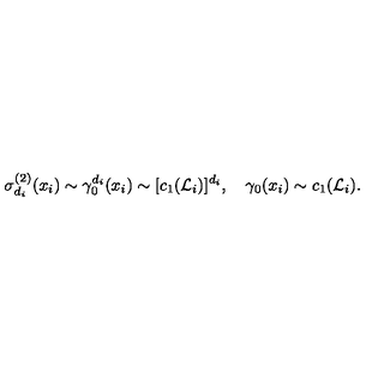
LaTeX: \sigma _ { d _ { i } } ^ { ( 2 ) } ( x _ { i } ) \sim \gamma _ { 0 } ^ { d _ { i } } ( x _ { i } ) \sim [ c _ { 1 } ( { \cal L } _ { i } ) ] ^ { d _ { i } } , \quad \gamma _ { 0 } ( x _ { i } ) \sim c _ { 1 } ( { \cal L } _ { i } ) .